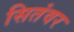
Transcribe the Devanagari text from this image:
सितंवर